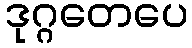
ဒုဂ္ဂတေပေ